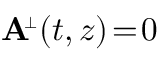
{ \bf A } \! ^ { { \scriptscriptstyle \perp } } ( t , z ) \! = \! 0